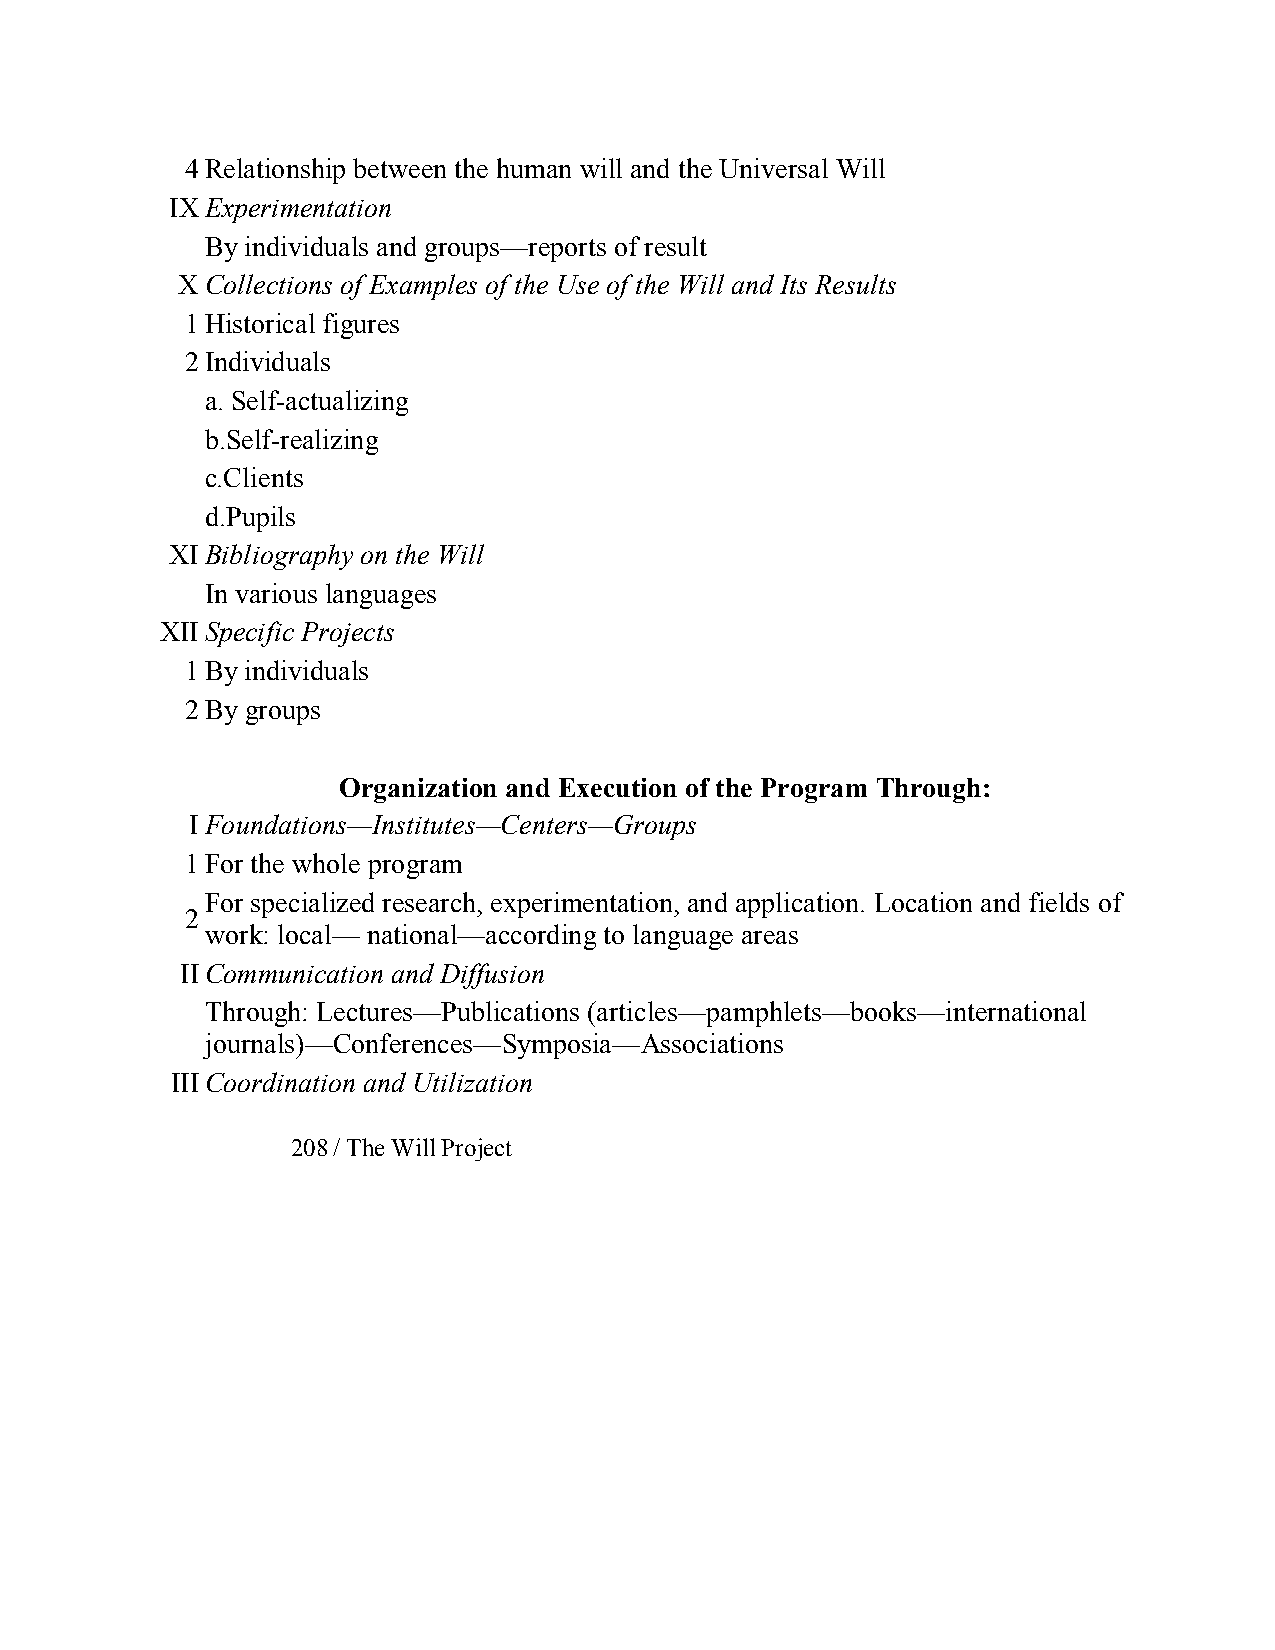
4Relationship between the human will and the Universal Will
 IXExperimentation
 By individuals and groups—reports of result
 X Collections of Examples of the Use of the Will and Its Results
 1Historical figures
 2Individuals
 a. Self­actualizing
 b.Self­realizing
 c.Clients
 d.Pupils
 XIBibliography on the Will
 In various languages
 XIISpecific Projects
 1By individuals
 2By groups
 Organization and Execution of the Program Through:
 IFoundations—Institutes—Centers—Groups
 1For the whole program
 For specialized research, experimentation, and application. Location and fields of
 2
 work: local— national—according to language areas
 IICommunication and Diffusion
 Through: Lectures—Publications (articles—pamphlets—books—international
 journals)—Conferences—Symposia—Associations
 IIICoordination and Utilization
 208/ The Will Project